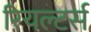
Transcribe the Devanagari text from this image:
रियल्टर्स